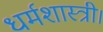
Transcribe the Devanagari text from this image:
धर्मशास्त्री।